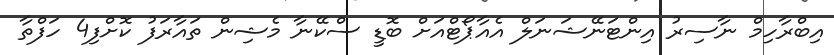
އިބްރާހިމް ނާސިރު އިންޓަނޭޝަނަލް އެއާޕޯޓްއަށް ބޮޑީ ސްކޭނާ މެޝިން ތައާރަފު ކޮށްފި4 ހަފްތާ